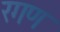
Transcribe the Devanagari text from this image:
रगण